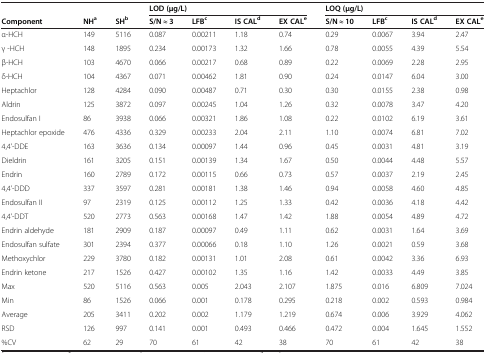
<table><thead><tr><td><b> </b></td><td><b> </b></td><td><b> </b></td><td colspan="4"><b>LOD (μg/L)</b></td><td colspan="4"><b>LOQ (μg/L)</b></td></tr><tr><td><b>Component</b></td><td><b>NH<sup>a</sup></b></td><td><b>SH<sup>b</sup></b></td><td><b>S/N ≈ 3</b></td><td><b>LFB<sup>c</sup></b></td><td><b>IS CAL<sup>d</sup></b></td><td><b>EX CAL<sup>e</sup></b></td><td><b>S/N ≈ 10</b></td><td><b>LFB<sup>c</sup></b></td><td><b>IS CAL<sup>d</sup></b></td><td><b>EX CAL<sup>e</sup></b></td></tr></thead><tbody><tr><td>α-HCH</td><td>149</td><td>5116</td><td>0.087</td><td>0.00211</td><td>1.18</td><td>0.74</td><td>0.29</td><td>0.0067</td><td>3.94</td><td>2.47</td></tr><tr><td>γ -HCH</td><td>148</td><td>1895</td><td>0.234</td><td>0.00173</td><td>1.32</td><td>1.66</td><td>0.78</td><td>0.0055</td><td>4.39</td><td>5.54</td></tr><tr><td>β-HCH</td><td>103</td><td>4670</td><td>0.066</td><td>0.00217</td><td>0.68</td><td>0.89</td><td>0.22</td><td>0.0069</td><td>2.28</td><td>2.95</td></tr><tr><td>δ-HCH</td><td>104</td><td>4367</td><td>0.071</td><td>0.00462</td><td>1.81</td><td>0.90</td><td>0.24</td><td>0.0147</td><td>6.04</td><td>3.00</td></tr><tr><td>Heptachlor</td><td>128</td><td>4284</td><td>0.090</td><td>0.00487</td><td>0.71</td><td>0.30</td><td>0.30</td><td>0.0155</td><td>2.38</td><td>0.98</td></tr><tr><td>Aldrin</td><td>125</td><td>3872</td><td>0.097</td><td>0.00245</td><td>1.04</td><td>1.26</td><td>0.32</td><td>0.0078</td><td>3.47</td><td>4.20</td></tr><tr><td>Endosulfan I</td><td>86</td><td>3938</td><td>0.066</td><td>0.00321</td><td>1.86</td><td>1.08</td><td>0.22</td><td>0.0102</td><td>6.19</td><td>3.61</td></tr><tr><td>Heptachlor epoxide</td><td>476</td><td>4336</td><td>0.329</td><td>0.00233</td><td>2.04</td><td>2.11</td><td>1.10</td><td>0.0074</td><td>6.81</td><td>7.02</td></tr><tr><td>4,4&#x27;-DDE</td><td>163</td><td>3636</td><td>0.134</td><td>0.00097</td><td>1.44</td><td>0.96</td><td>0.45</td><td>0.0031</td><td>4.81</td><td>3.19</td></tr><tr><td>Dieldrin</td><td>161</td><td>3205</td><td>0.151</td><td>0.00139</td><td>1.34</td><td>1.67</td><td>0.50</td><td>0.0044</td><td>4.48</td><td>5.57</td></tr><tr><td>Endrin</td><td>160</td><td>2789</td><td>0.172</td><td>0.00115</td><td>0.66</td><td>0.73</td><td>0.57</td><td>0.0037</td><td>2.19</td><td>2.45</td></tr><tr><td>4,4&#x27;-DDD</td><td>337</td><td>3597</td><td>0.281</td><td>0.00181</td><td>1.38</td><td>1.46</td><td>0.94</td><td>0.0058</td><td>4.60</td><td>4.85</td></tr><tr><td>Endosulfan II</td><td>97</td><td>2319</td><td>0.125</td><td>0.00112</td><td>1.25</td><td>1.33</td><td>0.42</td><td>0.0036</td><td>4.18</td><td>4.42</td></tr><tr><td>4,4&#x27;-DDT</td><td>520</td><td>2773</td><td>0.563</td><td>0.00168</td><td>1.47</td><td>1.42</td><td>1.88</td><td>0.0054</td><td>4.89</td><td>4.72</td></tr><tr><td>Endrin aldehyde</td><td>181</td><td>2909</td><td>0.187</td><td>0.00097</td><td>0.49</td><td>1.11</td><td>0.62</td><td>0.0031</td><td>1.64</td><td>3.69</td></tr><tr><td>Endosulfan sulfate</td><td>301</td><td>2394</td><td>0.377</td><td>0.00066</td><td>0.18</td><td>1.10</td><td>1.26</td><td>0.0021</td><td>0.59</td><td>3.68</td></tr><tr><td>Methoxychlor</td><td>229</td><td>3780</td><td>0.182</td><td>0.00131</td><td>1.01</td><td>2.08</td><td>0.61</td><td>0.0042</td><td>3.36</td><td>6.93</td></tr><tr><td>Endrin ketone</td><td>217</td><td>1526</td><td>0.427</td><td>0.00102</td><td>1.35</td><td>1.16</td><td>1.42</td><td>0.0033</td><td>4.49</td><td>3.85</td></tr><tr><td>Max</td><td>520</td><td>5116</td><td>0.563</td><td>0.005</td><td>2.043</td><td>2.107</td><td>1.875</td><td>0.016</td><td>6.809</td><td>7.024</td></tr><tr><td>Min</td><td>86</td><td>1526</td><td>0.066</td><td>0.001</td><td>0.178</td><td>0.295</td><td>0.218</td><td>0.002</td><td>0.593</td><td>0.984</td></tr><tr><td>Average</td><td>205</td><td>3411</td><td>0.202</td><td>0.002</td><td>1.179</td><td>1.219</td><td>0.674</td><td>0.006</td><td>3.929</td><td>4.062</td></tr><tr><td>RSD</td><td>126</td><td>997</td><td>0.141</td><td>0.001</td><td>0.493</td><td>0.466</td><td>0.472</td><td>0.004</td><td>1.645</td><td>1.552</td></tr><tr><td>%CV</td><td>62</td><td>29</td><td>70</td><td>61</td><td>42</td><td>38</td><td>70</td><td>61</td><td>42</td><td>38</td></tr></tbody></table>